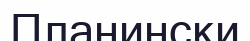
Планински